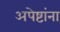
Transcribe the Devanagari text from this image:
अपेष्टांना